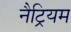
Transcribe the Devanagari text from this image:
नैट्रियम